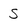
Character: S